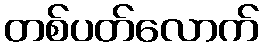
တစ်ပတ်လောက်